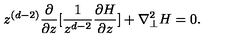
z ^ { ( d - 2 ) } \frac { \partial } { { \partial } z } [ \frac { 1 } { z ^ { d - 2 } } \frac { { \partial } H } { { \partial } z } ] + { \nabla } _ { \perp } ^ { 2 } H = 0 .